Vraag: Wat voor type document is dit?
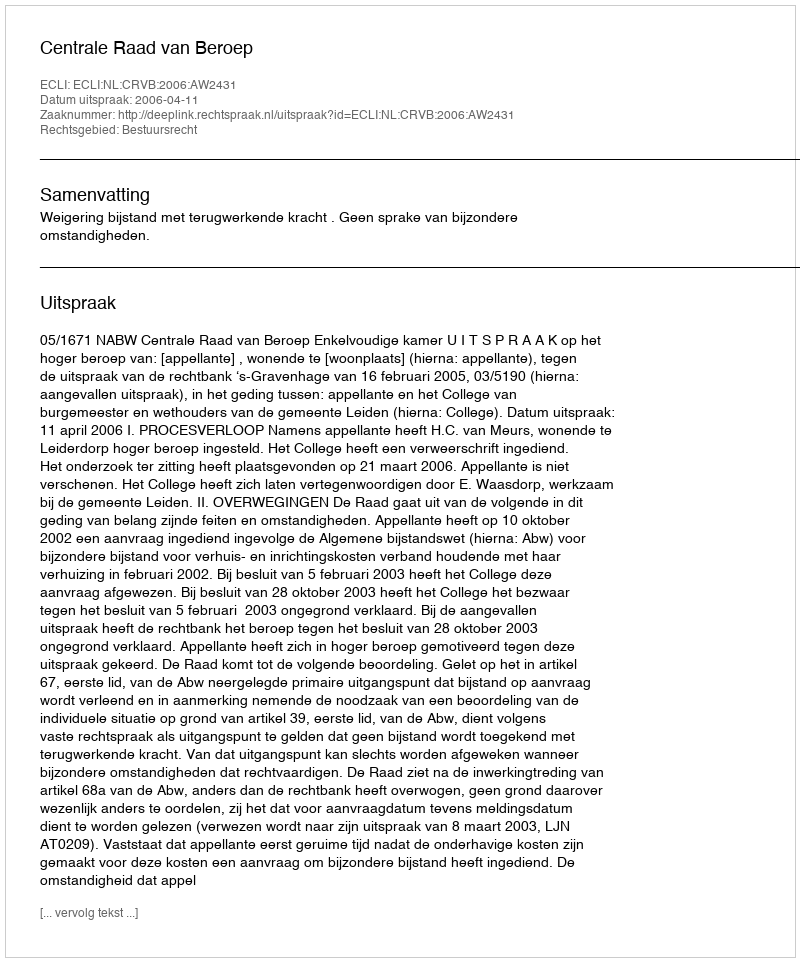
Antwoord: Uitspraak